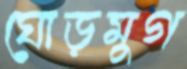
ঘোড়মুগ